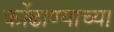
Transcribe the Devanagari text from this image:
कोंढाण्याच्या